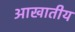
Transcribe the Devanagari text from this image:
आखातीय